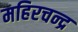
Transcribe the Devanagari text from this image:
महिरचन्द्र